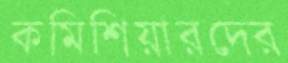
কমিশিয়ারদের